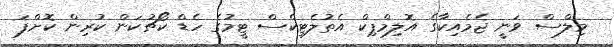
މިލްސް ވަނީ ޖެމެއިކާގެ އޮލިމްޕިކް އެތުލެޓިކްސް ޓީމުގެ ހެޑް ކޯޗުކަން ކުރިން ކޮށްފަ